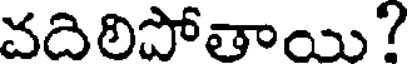
వదిలిపోతాయి?